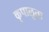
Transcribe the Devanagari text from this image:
कृपालुता